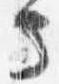
守